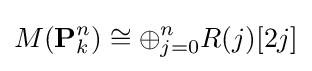
M(\mathbf {P} _{k}^{n})\cong \oplus _{j=0}^{n}R(j)[2j]